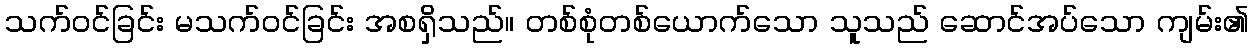
သက်ဝင်ခြင်း မသက်ဝင်ခြင်း အစရှိသည်။ တစ်စုံတစ်ယောက်သော သူသည် ဆောင်အပ်သော ကျမ်း၏